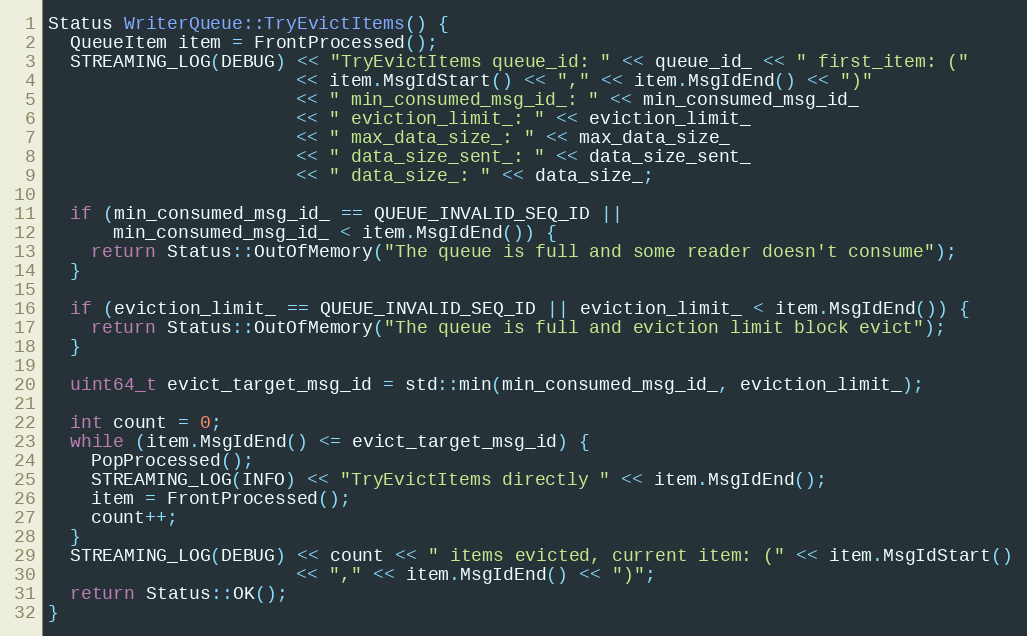
Language: C++
Status WriterQueue::TryEvictItems() {
  QueueItem item = FrontProcessed();
  STREAMING_LOG(DEBUG) << "TryEvictItems queue_id: " << queue_id_ << " first_item: ("
                       << item.MsgIdStart() << "," << item.MsgIdEnd() << ")"
                       << " min_consumed_msg_id_: " << min_consumed_msg_id_
                       << " eviction_limit_: " << eviction_limit_
                       << " max_data_size_: " << max_data_size_
                       << " data_size_sent_: " << data_size_sent_
                       << " data_size_: " << data_size_;

  if (min_consumed_msg_id_ == QUEUE_INVALID_SEQ_ID ||
      min_consumed_msg_id_ < item.MsgIdEnd()) {
    return Status::OutOfMemory("The queue is full and some reader doesn't consume");
  }

  if (eviction_limit_ == QUEUE_INVALID_SEQ_ID || eviction_limit_ < item.MsgIdEnd()) {
    return Status::OutOfMemory("The queue is full and eviction limit block evict");
  }

  uint64_t evict_target_msg_id = std::min(min_consumed_msg_id_, eviction_limit_);

  int count = 0;
  while (item.MsgIdEnd() <= evict_target_msg_id) {
    PopProcessed();
    STREAMING_LOG(INFO) << "TryEvictItems directly " << item.MsgIdEnd();
    item = FrontProcessed();
    count++;
  }
  STREAMING_LOG(DEBUG) << count << " items evicted, current item: (" << item.MsgIdStart()
                       << "," << item.MsgIdEnd() << ")";
  return Status::OK();
}